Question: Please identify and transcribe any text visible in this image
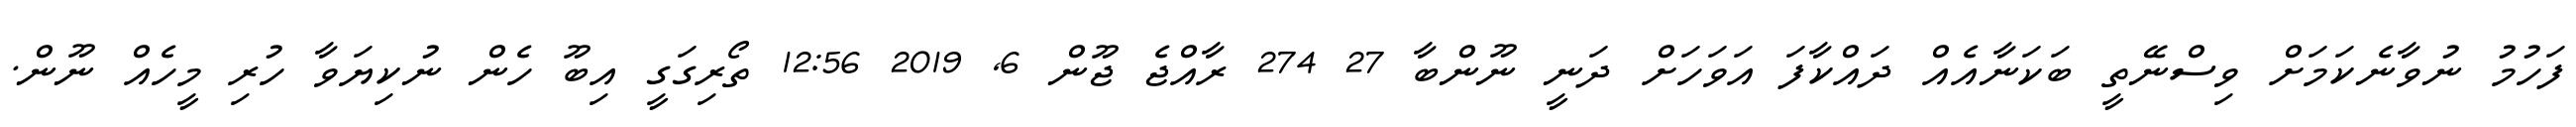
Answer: ފަހުމު ނުވާނެކަމަށް ވިސްނޭތީ ބަކަނާއެއް ދައްކާފަ އަވަހަށް ދަނީ ނޫންބާ 27 274 ރާއްޖެ ޖޫން 6, 2019 12:56 ތޯރިގަގީ އިބޫ ހެން ނުކިޔަވާ ހުރި މީހެއް ނޫން.